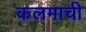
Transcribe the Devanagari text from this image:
कलमाची